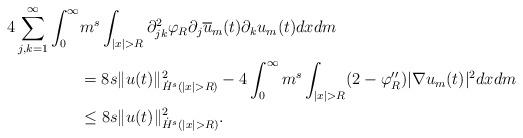
LaTeX: \begin{align*}4\sum_{j,k=1}^\infty \int_0^\infty & m^s \int_{|x|>R} \partial^2_{jk} \varphi_R \partial_j \overline{u}_m(t) \partial_k u_m(t) dx dm \\& = 8s\|u(t)\|^2_{\dot{H}^s(|x|>R)} -4 \int_0^\infty m^s \int_{|x|>R} (2-\varphi''_R) |\nabla u_m(t)|^2 dx dm \\&\leq 8s \|u(t)\|^2_{\dot{H}^s(|x|>R)}.\end{align*}